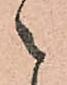
之